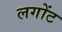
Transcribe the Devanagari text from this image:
लगोंट